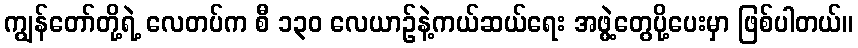
ကျွန်တော်တို့ရဲ့ လေတပ်က စီ ၁၃၀ လေယာဉ်နဲ့ကယ်ဆယ်ရေး အဖွဲ့တွေပို့ပေးမှာ ဖြစ်ပါတယ်။